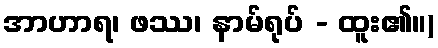
အာဟာရ၊ ဖဿ၊ နာမ်ရုပ် - ထူး၏။)